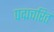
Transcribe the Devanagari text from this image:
पद्मचरित